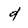
Character: d